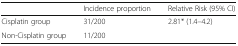
<table><thead><tr><td></td><td><b>Incidence proportion</b></td><td><b>Relative Risk (95% CI)</b></td></tr></thead><tbody><tr><td>Cisplatin group</td><td>31/200</td><td>2.81* (1.4–4.2)</td></tr><tr><td>Non-Cisplatin group</td><td>11/200</td><td></td></tr></tbody></table>